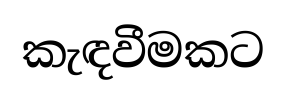
කැඳවීමකට